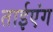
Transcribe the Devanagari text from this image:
ताईएंग